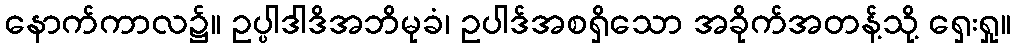
နောက်ကာလ၌။ ဥပ္ပါဒါဒိအဘိမုခံ၊ ဥပါဒ်အစရှိသော အခိုက်အတန့်သို့ ရှေးရှု။